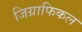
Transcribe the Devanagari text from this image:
जिग्राफिकल